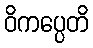
ဝိကပ္ပေတိ